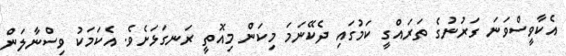
އެކާވީސްވަނަ ގަރުނުގެ ތަރައްގީ ކަމުގައި ދެކޭނަމަ މިކަން މިއޮތީ ރަނގަޅަށެވެ. އެކަމަކު ވިސްނާލަން